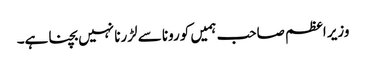
وزیر اعظم صاحب ہمیں کورونا سے لڑرنا نہیں بچنا ہے۔